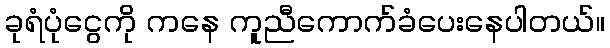
ခုရံပုံငွေကို ကနေ ကူညီကောက်ခံပေးနေပါတယ်။